Vaccination United Provinces of Agra and Oudh 1914-1922 - 1914-1922
Year: 1914
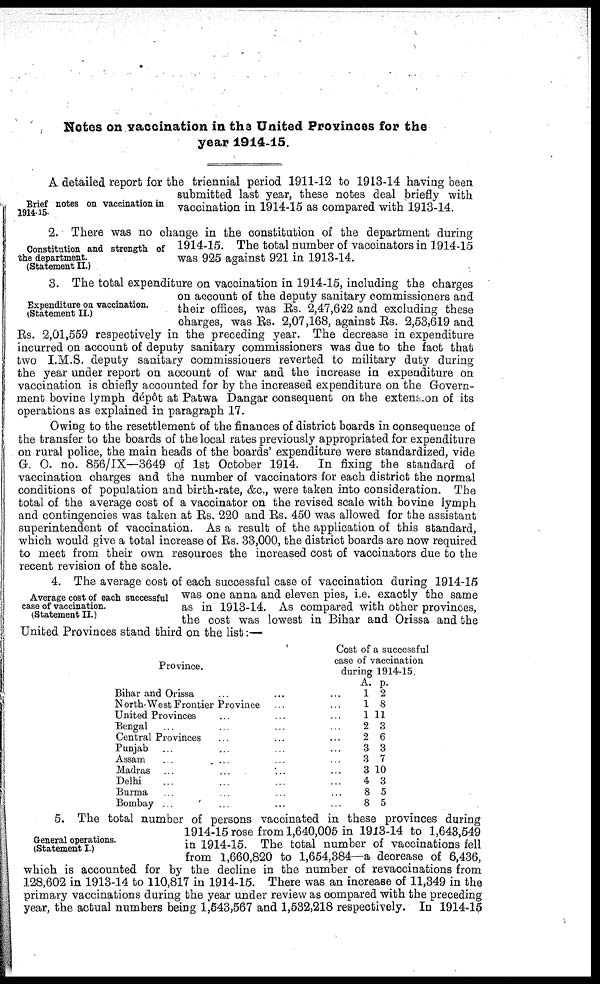
Notes on vaccination in the United Provinces for the
year 1914-15.
Brief notes on vaccination in
1914-15.
A detailed report for the triennial period 1911-12 to 1913-14 having been
submitted last year, these notes deal briefly with
vaccination in 1914-15 as compared with 1913-14.
Constitution and strength of
the department.
(Statement II.)
2. There was no change in the constitution of the department during
1914-15. The total number of vaccinators in 1914-15
was 925 against 921 in 1913-14.
Expenditure on vaccination.
(Statement II.)
3. The total expenditure on vaccination in 1914-15, including the charges
on account of the deputy sanitary commissioners and
their offices, was Rs. 2,47,622 and excluding these
charges, was Rs. 2,07,168, against Rs. 2,53,619 and
Rs. 2,01,559 respectively in the preceding year. The decrease in expenditure
incurred on account of deputy sanitary commissioners was due to the fact that
two I.M.S. deputy sanitary commissioners reverted to military duty during
the year under report on account of war and the increase in expenditure on
vaccination is chiefly accounted for by the increased expenditure on the Govern-
ment bovine lymph dépôt at Patwa Dangar consequent on the extension of its
operations as explained in paragraph 17.
Owing to the resettlement of the finances of district boards in consequence of
the transfer to the boards of the local rates previously appropriated for expenditure
on rural police, the main heads of the boards' expenditure were standardized, vide
G. O. no. 856/IX—3649 of 1st October 1914.
In fixing the standard of
vaccination charges and the number of vaccinators for each district the normal
conditions of population and birth-rate, &c., were taken into consideration. The
total of the average cost of a vaccinator on the revised scale with bovine lymph
and contingencies was taken at Rs. 220 and Rs. 450 was allowed for the assistant
superintendent of vaccination. As a result of the application of this standard,
which would give a total increase of Rs. 33,000, the district boards are now required
to meet from their own resources the increased cost of vaccinators due to the
recent revision of the scale.
Average cost of each successful
case of vaccination.
(Statement II.)
4. The average cost of each successful case of vaccination during 1914-15
was one anna and eleven pies, i.e. exactly the same
as in 1913-14. As compared with other provinces,
the cost was lowest in Bihar and Orissa and the
United Provinces stand third on the list:—
Province.
Bihar and Orissa ... ... ...
North-West Frontier Province ... ...
United Provinces ... ... ...
Bengal ... ... ... ...
Central Provinces ... ... ...
Punjab ... ... ... ...
Assam ... ... ... ...
Madras ... ... ... ...
Delhi ... ... ... ...
Burma ... ... ... ...
Bombay ... ... ......
Cost of a successful
case of vaccination
during 1914-15.
A.
1
1
1
2
2
3
3
3
4
8
8
p.
2
8
11
3
6
3
7
10
3
5
5
General operations.
(Statement I.)
5. The total number of persons vaccinated in these provinces during
1914-15 rose from 1,640,005 in 1913-14 to 1,643,549
in 1914-15. The total number of vaocinations fell
from 1,660,820 to 1,654,384—a decrease of 6,436,
which is accounted for by the decline in the number of revaccinations from
128,602 in 1913-14 to 110,817 in 1914-15. There was an increase of 11,349 in the
primary vaccinations during the year under review as compared with the preceding
year, the actual numbers being 1,543,567 and 1,532,218 respectively. In 1914-15